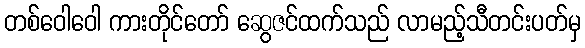
တစ်ဝေါဝေါ ကားတိုင်တော် ဆွေဇင်ထက်သည် လာမည့်သီတင်းပတ်မှ